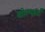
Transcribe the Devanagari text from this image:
वोल्फर्ट